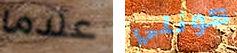
عندما كونلي